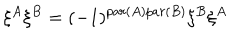
\xi ^ { A } \xi ^ { B } = ( - 1 ) ^ { p a r ( A ) p a r ( B ) } \xi ^ { B } \xi ^ { A }